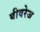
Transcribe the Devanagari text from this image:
बीवरेज